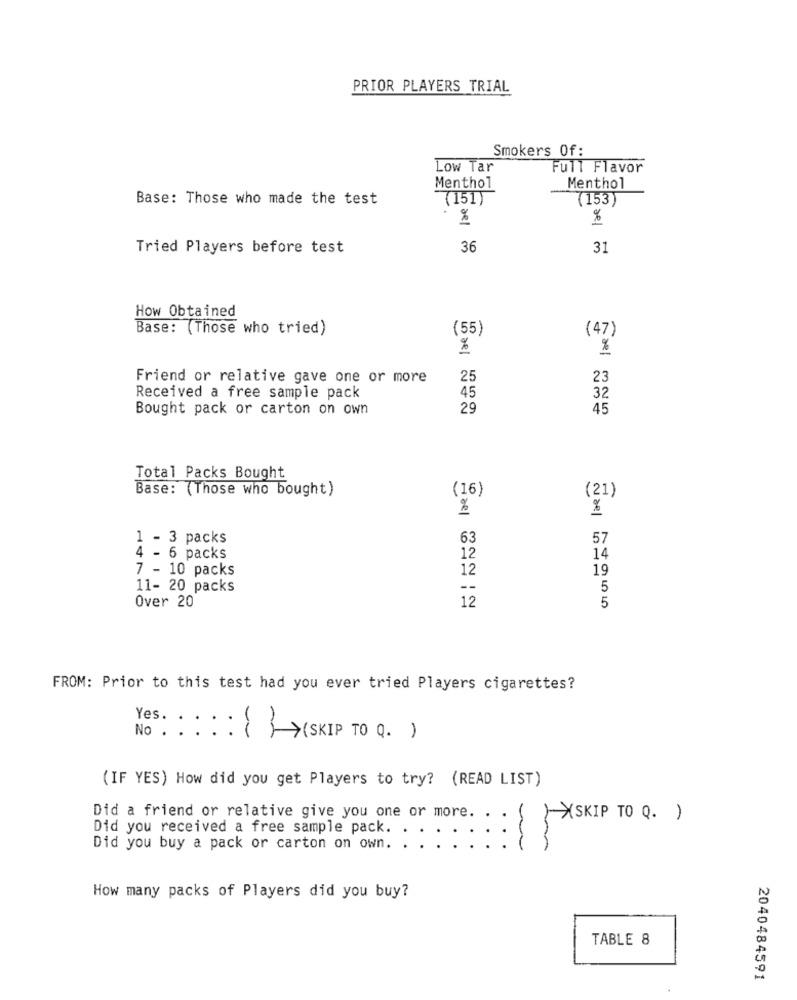
PRIOR PLAYERS TRIAL
Smokers Of:
Low Tar
Full Flavor
Menthol
Menthol
Base: Those who made the test
(151)
(153)
%
%
Tried Players before test
36
31
How Obtained
Base: (Those who tried)
(55)
(47)
%
Friend or relative gave one or more
25
23
Received a free sample pack
45
32
Bought pack or carton on own
29
45
Total Packs Bought
Base: (Those who bought)
(16)
(21)
%
1 - 3 packs
63
57
4 - 6 packs
12
14
7 - 10 packs
12
19
11- 20 packs
--
5
Over 20
12
5
FROM: Prior to this test had you ever tried Players cigarettes?
Yes.
No .
: {}> (SKIP TO 0.)
(IF YES) How did you get Players to try? (READ LIST)
Did a friend or relative give you one or more.
1 XSKIP TO Q. )
Did you received a free sample pack.
Did you buy a pack or carton on own.
How many packs of Players did you buy?
TABLE 8
2040484591